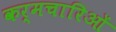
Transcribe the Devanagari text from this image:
कर्मचारिओं